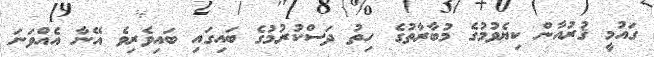
ގައުމީ ޤުރުއާން ކިޔެވުމުގެ މުބާރާތުގެ ހިތު ދަސްކުރުމުގެ ބައިގައި ބައިވެރިވެ އޭނާ އެއްވަނަ